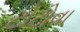
ટોટોવા